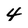
Character: 4